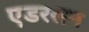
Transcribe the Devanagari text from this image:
एडरसन